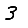
Digit: 3